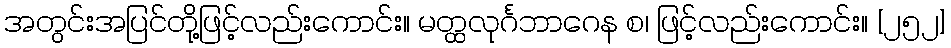
အတွင်းအပြင်တို့ဖြင့်လည်းကောင်း။ မတ္ထလုင်္ဂဘာဂေန စ၊ ဖြင့်လည်းကောင်း။ [၂၅၂]